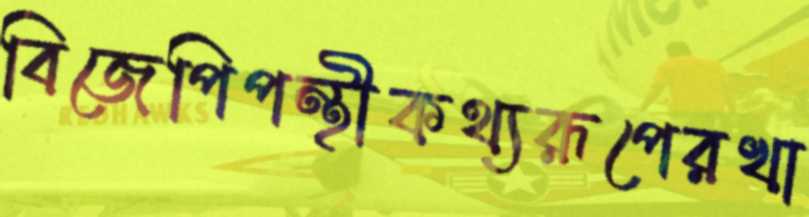
বিজেপিপন্থীকথ্যরূপেরখা